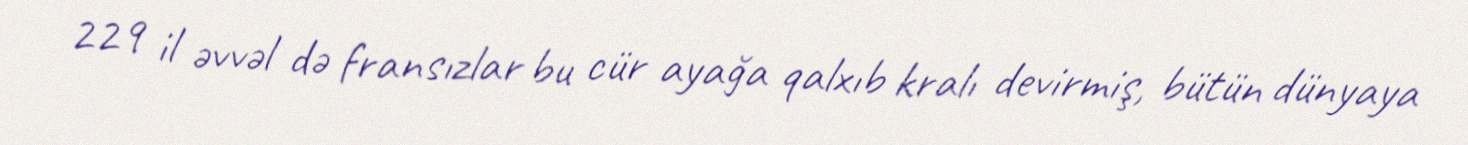
229 il əvvəl də fransızlar bu cür ayağa qalxıb kralı devirmiş, bütün dünyaya